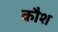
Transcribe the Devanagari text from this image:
कौश